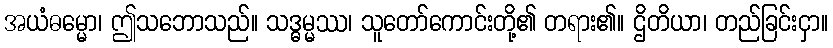
အယံဓမ္မော၊ ဤသဘောသည်။ သဒ္ဓမ္မဿ၊ သူတော်ကောင်းတို့၏ တရား၏။ ဌိတိယာ၊ တည်ခြင်းငှာ။